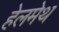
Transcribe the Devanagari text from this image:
हेलमेथ